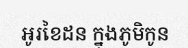
អូរខៃដន ក្នុងភូមិកូន